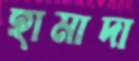
হামাদা